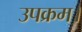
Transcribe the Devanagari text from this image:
उपक्रम।